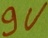
Text: 9V